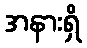
အနားရှိ